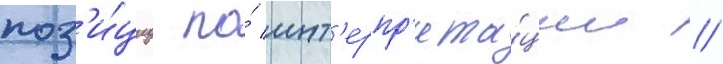
поз'и́циу по́ инт'ерпр'ета́ции /